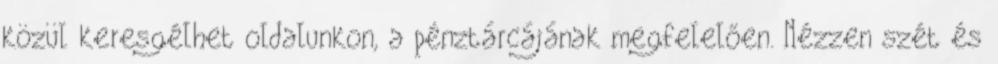
közül keresgélhet oldalunkon, a pénztárcájának megfelelően. Nézzen szét és